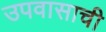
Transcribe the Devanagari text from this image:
उपवासाची